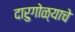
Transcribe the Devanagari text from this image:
दारुगोळ्याचे